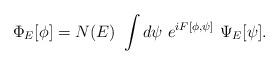
LaTeX: \begin{align*}\Phi _E[\phi ]=N(E)~\int d\psi ~e^{iF[\phi ,\psi]}~\Psi _E[\psi ].\end{align*}